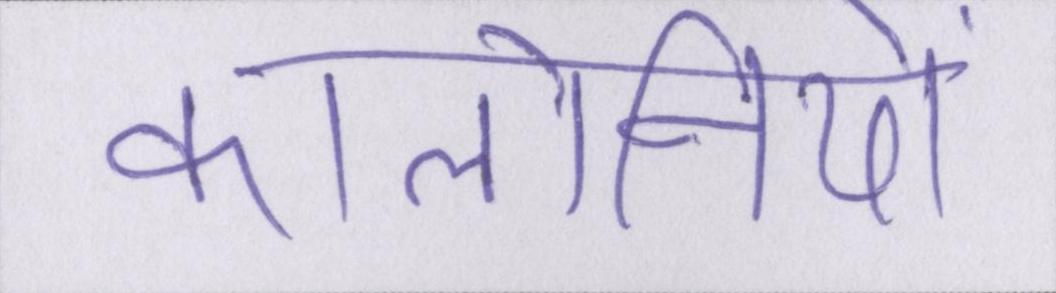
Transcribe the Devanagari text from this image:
कॉलोनियों